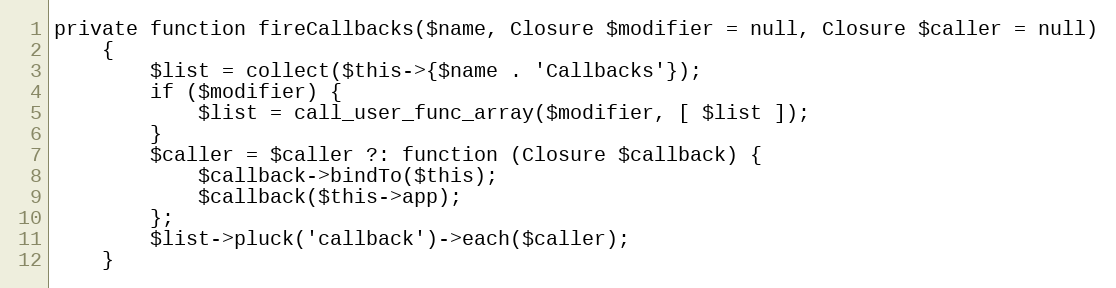
Language: PHP
private function fireCallbacks($name, Closure $modifier = null, Closure $caller = null)
    {
        $list = collect($this->{$name . 'Callbacks'});
        if ($modifier) {
            $list = call_user_func_array($modifier, [ $list ]);
        }
        $caller = $caller ?: function (Closure $callback) {
            $callback->bindTo($this);
            $callback($this->app);
        };
        $list->pluck('callback')->each($caller);
    }